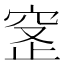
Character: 𬔊